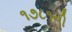
૧૭૮૧ની